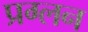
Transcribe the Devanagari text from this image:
प्रग्लन